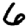
Digit: 6